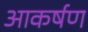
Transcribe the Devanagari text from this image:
आकर्षण्‍ा